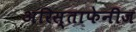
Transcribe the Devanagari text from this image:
अरिस्ताफेनीज